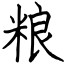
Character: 粮